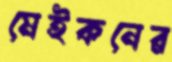
মেইকনের